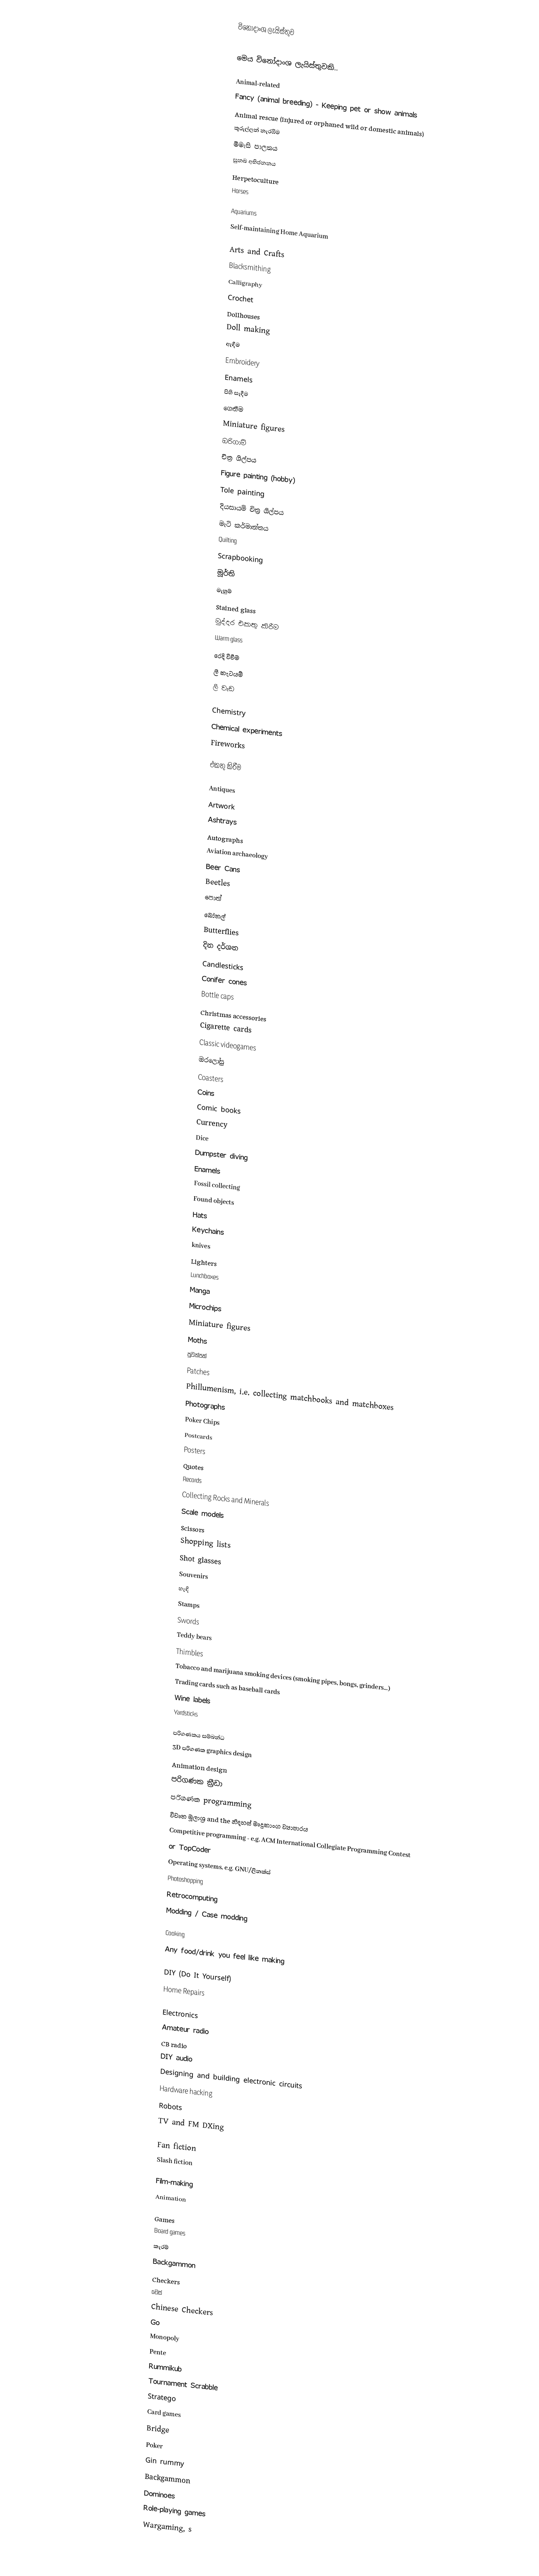
විනෝදාංශ ලැයිස්තුව

මෙය විනෝදාංශ ලැයිස්තුවකි..

Animal-related
 Fancy (animal breeding) - Keeping pet or show animals
 Animal rescue (injured or orphaned wild or domestic animals)
 කුරුල්ලන් නැරඹීම
 මීමැසි පාලනය
 සුනඛ අභිජනනය
 Herpetoculture
 Horses

Aquariums
 Self-maintaining Home Aquarium

Arts and Crafts
 Blacksmithing
 Calligraphy
 Crochet
 Dollhouses
 Doll making
 ඇඳීම
 Embroidery
 Enamels
 පිහි සෑදීම
 ගෙතීම
 Miniature figures
 ඔරිගාමි
 චිත්‍ර ශිල්පය
 Figure painting (hobby)
 Tole painting
 දියසායම් චිත්‍ර ශිල්පය
 මැටි කර්මාන්තය
 Quilting
 Scrapbooking
 මූර්ති
 මැහුම්
 Stained glass
 මුද්දර එකතු කිරීම
 Warm glass
 රෙදි විවීම
 ලී කැටයම්
 ලී වැඩ

Chemistry
 Chemical experiments
 Fireworks

එකතු කිරීම

 Antiques
 Artwork
 Ashtrays
 Autographs
 Aviation archaeology
 Beer Cans
 Beetles
 පොත්
 බෝතල්
 Butterflies
 දින දර්ශන
 Candlesticks
 Conifer cones
 Bottle caps
 Christmas accessories
 Cigarette cards
 Classic videogames
 ඔරලෝසු
 Coasters
 Coins
 Comic books
 Currency
 Dice
 Dumpster diving
 Enamels
 Fossil collecting
 Found objects
 Hats
 Keychains
 knives
 Lighters
 Lunchboxes
 Manga
 Microchips
 Miniature figures
 Moths
 පුවත්පත්
 Patches
 Phillumenism, i.e. collecting matchbooks and matchboxes
 Photographs
 Poker Chips
 Postcards
 Posters
 Quotes
 Records
 Collecting Rocks and Minerals
 Scale models
 Scissors
 Shopping lists
 Shot glasses
 Souvenirs
 හැඳි
 Stamps
 Swords
 Teddy bears
 Thimbles
 Tobacco and marijuana smoking devices (smoking pipes, bongs, grinders...)
 Trading cards such as baseball cards
  Wine labels
 Yardsticks

පරිගණකය සම්බන්ධ
 3D පරිගණක graphics design
 Animation design
 පරිගණක ක්‍රීඩා
 පරිගණක programming
 විවෘත මූලාශ්‍ර and the නිදහස් මෘදුකාංග ව්‍යාපාරය
 Competitive programming - e.g. ACM International Collegiate Programming Contest
 or TopCoder
 Operating systems, e.g. GNU/ලිනක්ස්
 Photoshopping
 Retrocomputing
 Modding / Case modding

Cooking
Any food/drink you feel like making

DIY (Do It Yourself)
 Home Repairs

Electronics
 Amateur radio
 CB radio
 DIY audio
 Designing and building electronic circuits
 Hardware hacking
 Robots
 TV and FM DXing

Fan fiction
 Slash fiction

Film-making
 Animation

Games
 Board games
 කැරම්
 Backgammon
 Checkers
 චෙස්
 Chinese Checkers
 Go
 Monopoly
 Pente
 Rummikub
 Tournament Scrabble
 Stratego
 Card games
 Bridge
 Poker
 Gin rummy
 Backgammon
 Dominoes
 Role-playing games
 Wargaming, s